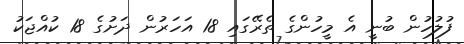
ފުލުހުން ބުނީ އެ މީހުންގެ ތެރޭގައި 18 އަހަރުން ދަށުގެ 18 ކުއްޖަކު